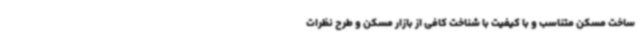
ساخت مسکن متناسب و با کیفیت با شناخت کافی از بازار مسکن‌ و طرح نظرات